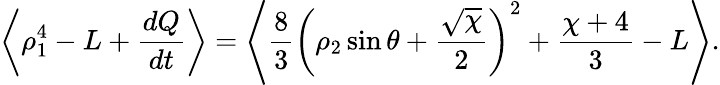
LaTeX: \left\langle\rho_{1}^{4}-L+\frac{dQ}{dt}\right\rangle=\left\langle\frac{8}{3}\left(\rho_{2}\sin\theta+\frac{\sqrt{\chi}}{2}\right)^{2}+\frac{\chi+4}{3}-L\right\rangle.